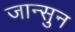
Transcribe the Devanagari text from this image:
जान्सुन